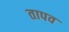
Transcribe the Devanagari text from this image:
तापव